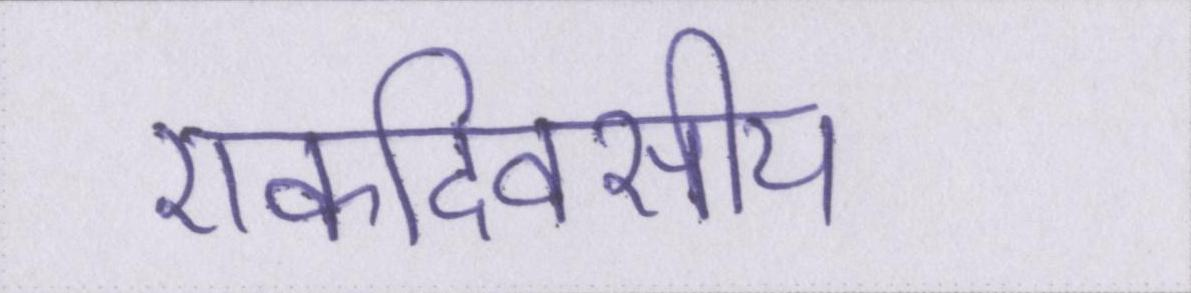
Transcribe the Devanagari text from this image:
एकदिवसीय